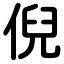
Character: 倪